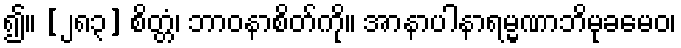
၍။ [၂၈၃] စိတ္တံ၊ ဘာဝနာစိတ်ကို။ အာနာပါနာရမ္မဏာဘိမုခမေဝ၊